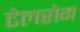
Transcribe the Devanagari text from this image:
टेलरोग